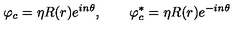
\varphi _ { c } = \eta R ( r ) e ^ { i n \theta } , \qquad \varphi _ { c } ^ { \ast } = \eta R ( r ) e ^ { - i n \theta }